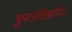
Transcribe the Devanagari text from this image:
पुनःप्रतिष्ठापित